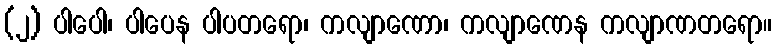
(၂) ပါပေါ၊ ပါပေန ပါပတရော၊ ကလျာဏော၊ ကလျာဏေန ကလျာဏတရော။